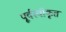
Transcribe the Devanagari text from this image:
पूर्वस्वीकृत